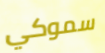
سموكي